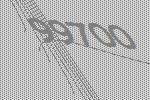
99700